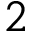
2